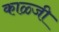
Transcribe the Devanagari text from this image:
काळ्जी